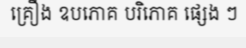
គ្រឿង ឧបភោគ បរិភោគ ផ្សេង ៗ